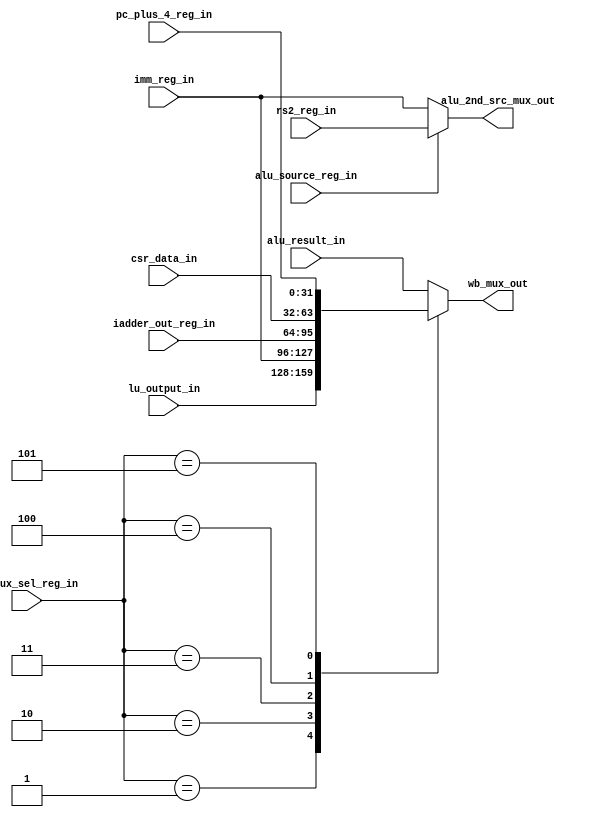
module msrv32_wb_mux_sel_unit(input [2:0] wb_mux_sel_reg_in, 
                              input [31:0] alu_result_in,lu_output_in,imm_reg_in,
                              iadder_out_reg_in,csr_data_in,pc_plus_4_reg_in,rs2_reg_in,   
                              input alu_source_reg_in,
                              output reg [31:0] wb_mux_out, 
                              output [31:0] alu_2nd_src_mux_out);

   parameter WB_ALU = 3'b000,WB_LU = 3'b001, WB_IMM = 3'b010,WB_IADDER_OUT = 3'b011, 
             WB_CSR = 3'b100, WB_PC_PLUS = 3'b101;
   assign alu_2nd_src_mux_out = alu_source_reg_in ? rs2_reg_in : imm_reg_in;
    always@*
    begin
       case(wb_mux_sel_reg_in)
          WB_ALU        : wb_mux_out = alu_result_in;
          WB_LU	        : wb_mux_out = lu_output_in;
          WB_IMM        : wb_mux_out = imm_reg_in;
          WB_IADDER_OUT : wb_mux_out = iadder_out_reg_in;
          WB_CSR        : wb_mux_out = csr_data_in;
          WB_PC_PLUS    : wb_mux_out = pc_plus_4_reg_in;
          default       : wb_mux_out = alu_result_in;
        endcase
    end

endmodule